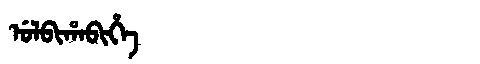
Manchu: ᡠᠯᠪᡳᡥᠠᠪᡳᡥᡝ
Romanization: ULBIHABIHE